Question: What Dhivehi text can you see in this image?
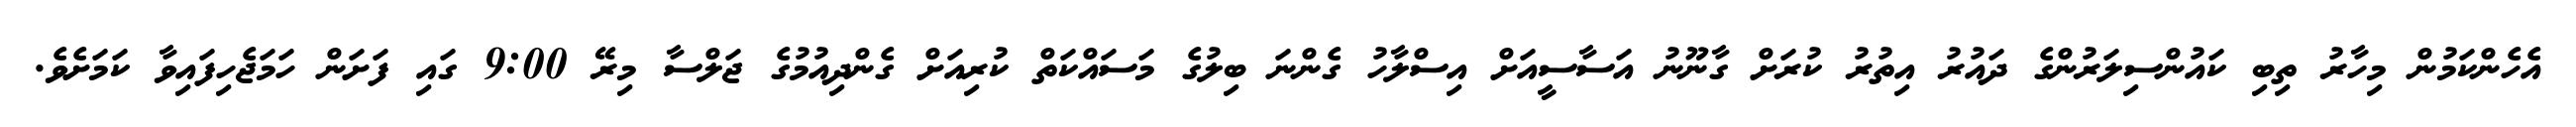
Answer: އެހެންކަމުން މިހާރު ތިބި ކައުންސިލަރުންގެ ދައުރު އިތުރު ކުރަށް ގާނޫނު އަސާސީއަށް އިސްލާހު ގެންނަ ބިލުގެ މަސައްކަތް ކުރިއަށް ގެންދިއުމުގެ ޖަލްސާ މިރޭ 9:00 ގައި ފަށަން ހަމަޖެހިފައިވާ ކަމަށެވެ.